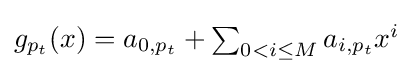
{\textstyle g_{p_{t}}(x)=a_{0,p_{t}}+\sum _{0<i\leq M}a_{i,p_{t}}x^{i}}